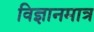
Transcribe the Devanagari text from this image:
विज्ञानमात्र